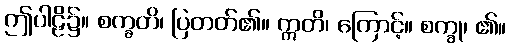
ဤပါဠိ၌။ စက္ခတိ၊ ပြတတ်၏။ ဣတိ၊ ကြောင့်။ စက္ခု၊ ၏။